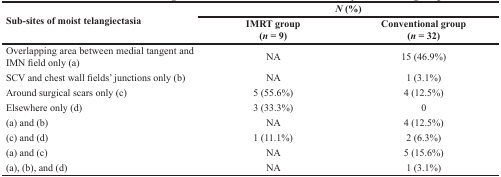
| <ROWSPAN=2> Sub-sites of moist telangiectasia | <COLSPAN=2> N (%) |
 | IMRT group (n = 9) | Conventional group (n = 32) |
 | --- | --- | --- |
 | Overlapping area between medial tangent and IMN field only (a) | NA | 15 (46.9%) |
 | SCV and chest wall fields’ junctions only (b) | NA | 1 (3.1%) |
 | Around surgical scars only (c) | 5 (55.6%) | 4 (12.5%) |
 | Elsewhere only (d) | 3 (33.3%) | 0 |
 | (a) and (b) | NA | 4 (12.5%) |
 | (c) and (d) | 1 (11.1%) | 2 (6.3%) |
 | (a) and (c) | NA | 5 (15.6%) |
 | (a), (b), and (d) | NA | 1 (3.1%) |